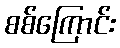
စစ်ကြောင်း